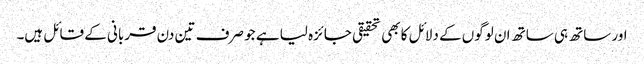
اور ساتھ ہی ساتھ ان لوگوں کے دلائل کا بھی تحقیقی جائزہ لیا ہے جو صرف تین دن قربانی کے قائل ہیں۔